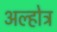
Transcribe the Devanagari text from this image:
अल्होत्र